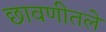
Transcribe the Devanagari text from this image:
छावणीतले